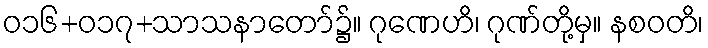
ဝ၁၆+၀၁၇+သာသနာတော်၌။ ဂုဏေဟိ၊ ဂုဏ်တို့မှ။ နစဝတိ၊